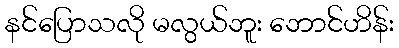
နင်ပြောသလို မလွယ်ဘူး ဘောင်ဟိန်း